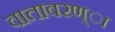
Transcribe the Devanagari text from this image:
वातावरण्ा